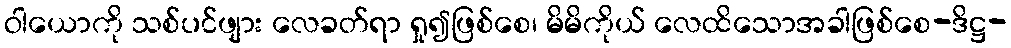
ဝါယောကို သစ်ပင်ဖျား လေခတ်ရာ ရှု၍ဖြစ်စေ၊ မိမိကိုယ် လေထိသောအခါဖြစ်စေ-ဒိဋ္ဌ-